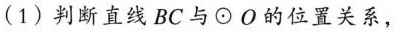
(1)判断直线BC与\odot O的位置关系，